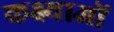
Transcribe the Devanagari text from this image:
कक्ष्याओं